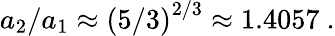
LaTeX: a_{2}/a_{1}\approx\left(5/3\right)^{2/3}\approx 1.4057\ .